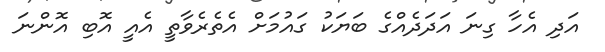
އަދި އެހާ ގިނަ އަދަދެއްގެ ބަޔަކު ގައުމަށް އެތެރެވާތީ އެއީ އޮބި އޮންނަ